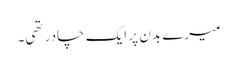
میرے بدن پر ایک چادر تھی۔